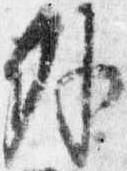
外